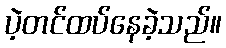
ပဲ့တင်ထပ်နေခဲ့သည်။